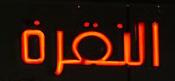
النقرة